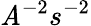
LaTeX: \mathit{A}^{-2}s^{-2}